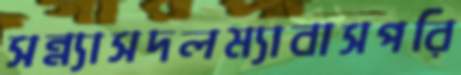
সন্ন্যাসদলম্যাবাসপরি